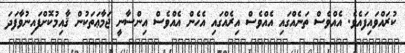
ކުރައްވައިފައެވެ. އެއްވެސް ތަނެއްގައި އެއްވެސް އިރެއްގައި އެހެން އެއްވެސް އިންސާނީ ޖަމާޢަތަކުން ޤާއިމުކޮށްފައިނުވާފަދަ